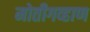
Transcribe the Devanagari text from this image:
मोतीगव्हाण